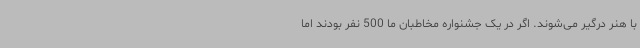
با هنر درگیر می‌شوند. اگر در یک جشنواره مخاطبان ما 500 نفر بودند اما